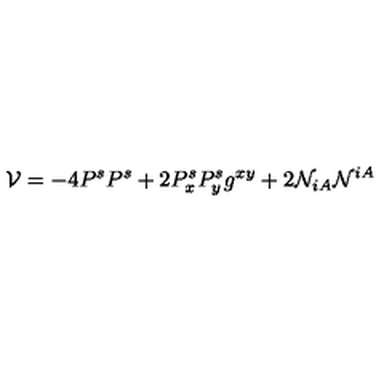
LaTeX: { \cal V } = - 4 P ^ { s } P ^ { s } + 2 P _ { x } ^ { s } P _ { y } ^ { s } g ^ { x y } + 2 { \cal N } _ { i A } { \cal N } ^ { i A } \,